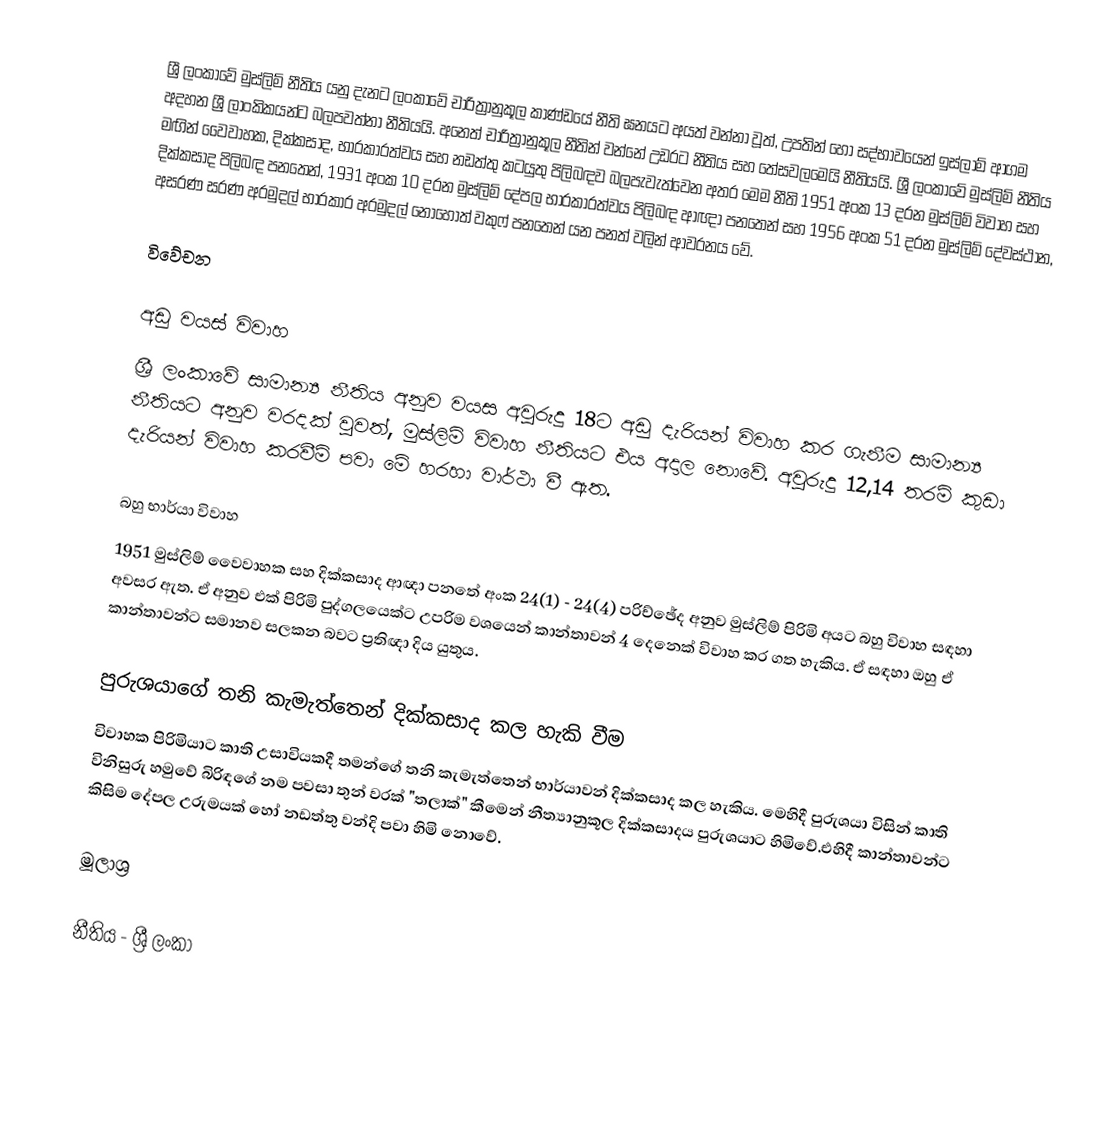
ශ්‍රී ලංකාවේ මුස්ලිම් නීතිය යනු දැනට ලංකාවේ චාරිත්‍රානුකූල කාණ්ඩයේ නීති ඝනයට අයත් වන්නා වූත්, උපතින් හෝ සද්භාවයෙන් ඉස්ලාම් ආගම අදහන ශ්‍රී ලාංකිකයන්ට බලපවත්නා නීතියයි. අනෙත් චාරිත්‍රානුකූල නීතින් වන්නේ උඩරට නීතිය සහ තේසවලමෙයි නීතියයි. ශ්‍රී ලංකාවේ මුස්ලිම් නීතිය මඟින් වෛවාහක, දික්කසාද, භාරකාරත්වය සහ නඩත්තු කටයුතු පිලිබඳව බලපැවැත්වෙන අතර මෙම නීති 1951 අංක 13 දරන මුස්ලිම් විවාහ සහ දික්කසාද පිලිබඳ පනතෙන්, 1931 අංක 10 දරන මුස්ලිම් දේපල භාරකාරත්වය පිලිබඳ ආඥා පනතෙන් සහ 1956 අංක 51 දරන මුස්ලිම් දේවස්ථාන, අසරණ සරණ අරමුදල් භාරකාර අරමුදල් නොහොත් වකුෆ් පනතෙන් යන පනත් වලින් ආවරනය වේ.

විවේචන

අඩු වයස් විවාහ
ශ්‍රී ලංකාවේ සාමාන්‍ය නීතිය අනුව වයස අවුරුදු 18ට අඩු දැරියන් විවාහ කර ගැනීම සාමාන්‍ය නීතියට අනුව වරදක් වුවත්, මුස්ලිම් විවාහ නීතියට එය අදාල නොවේ. අවුරුදු 12,14 තරම් කුඩා දැරියන් විවාහ කරවීම් පවා මේ හරහා වාර්ථා වී ඇත.

බහු භාර්යා විවාහ
1951 මුස්ලිම් වෛවාහක සහ දික්කසාද ආඥා පනතේ අංක 24(1) - 24(4) පරිච්ඡේද අනුව මුස්ලිම් පිරිමි අයට බහු විවාහ සඳහා අවසර ඇත. ඒ අනුව එක් පිරිමි පුද්ගලයෙක්ට උපරිම වශයෙන් කාන්තාවන් 4 දෙනෙක් විවාහ කර ගත හැකිය. ඒ සඳහා ඔහු ඒ කාන්තාවන්ට සමානව සලකන බවට ප්‍රතිඥා දිය යුතුය.

පුරුශයාගේ තනි කැමැත්තෙන් දික්කසාද කල හැකි වීම
විවාහක පිරිමියාට කාති උසාවියකදී තමන්ගේ තනි කැමැත්තෙන් භාර්යාවන් දික්කසාද කල හැකිය. මෙහිදී පුරුශයා විසින් කාති විනිසුරු හමුවේ බිරිඳගේ නම පවසා තුන් වරක් "තලාක්" කීමෙන් නීත්‍යානුකූල දික්කසාදය පුරුශයාට හිමිවේ.එහිදී කාන්තාවන්ට කිසිම දේපල උරුමයක් හෝ නඩත්තු වන්දි පවා හිමි නොවේ.

මූලාශ්‍ර

නීතිය - ශ්‍රී ලංකා